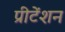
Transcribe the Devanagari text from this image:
प्रीटेंशन